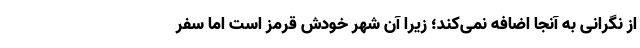
از نگرانی به آنجا اضافه نمی‌کند؛ زیرا آن شهر خودش قرمز است اما سفر